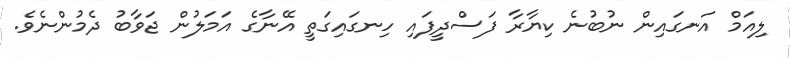
ލިއަމް އަނގައިން ނުބުނެ ކިޔާރާ ފަސްދީފައި ހިނގައިގަތީ އޭނާގެ އަމަލުން ޖަވާބު ދެމުންނެވެ.